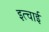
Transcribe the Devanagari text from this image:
इत्चाई